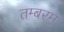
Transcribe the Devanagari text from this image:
तम्बरम